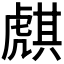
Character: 𧇫